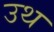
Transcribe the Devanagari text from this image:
उथ